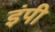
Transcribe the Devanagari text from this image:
इंपी